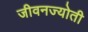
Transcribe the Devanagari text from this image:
जीवनज्योती